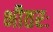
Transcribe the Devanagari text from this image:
भीतरः